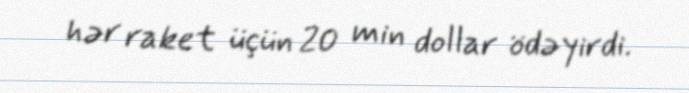
hər raket üçün 20 min dollar ödəyirdi.